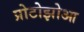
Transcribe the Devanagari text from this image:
प्रोटोझोआ